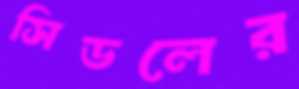
সিডলের